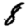
Digit: 8